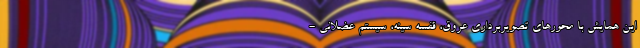
این همایش با محورهای تصویربرداری عروق، قفسه سینه، سیستم عضلانی -